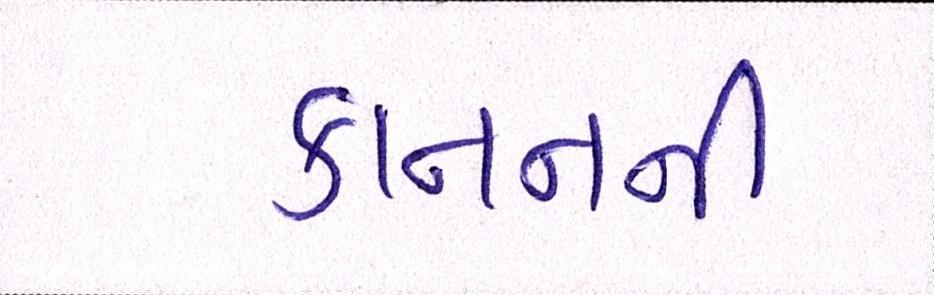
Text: કાનનની